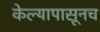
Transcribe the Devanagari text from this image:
केल्यापासूनच